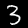
Digit: 3